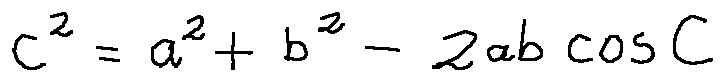
c ^ { 2 } = a ^ { 2 } + b ^ { 2 } - 2 a b \cos C